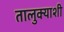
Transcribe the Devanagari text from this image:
तालुक्‍याशी